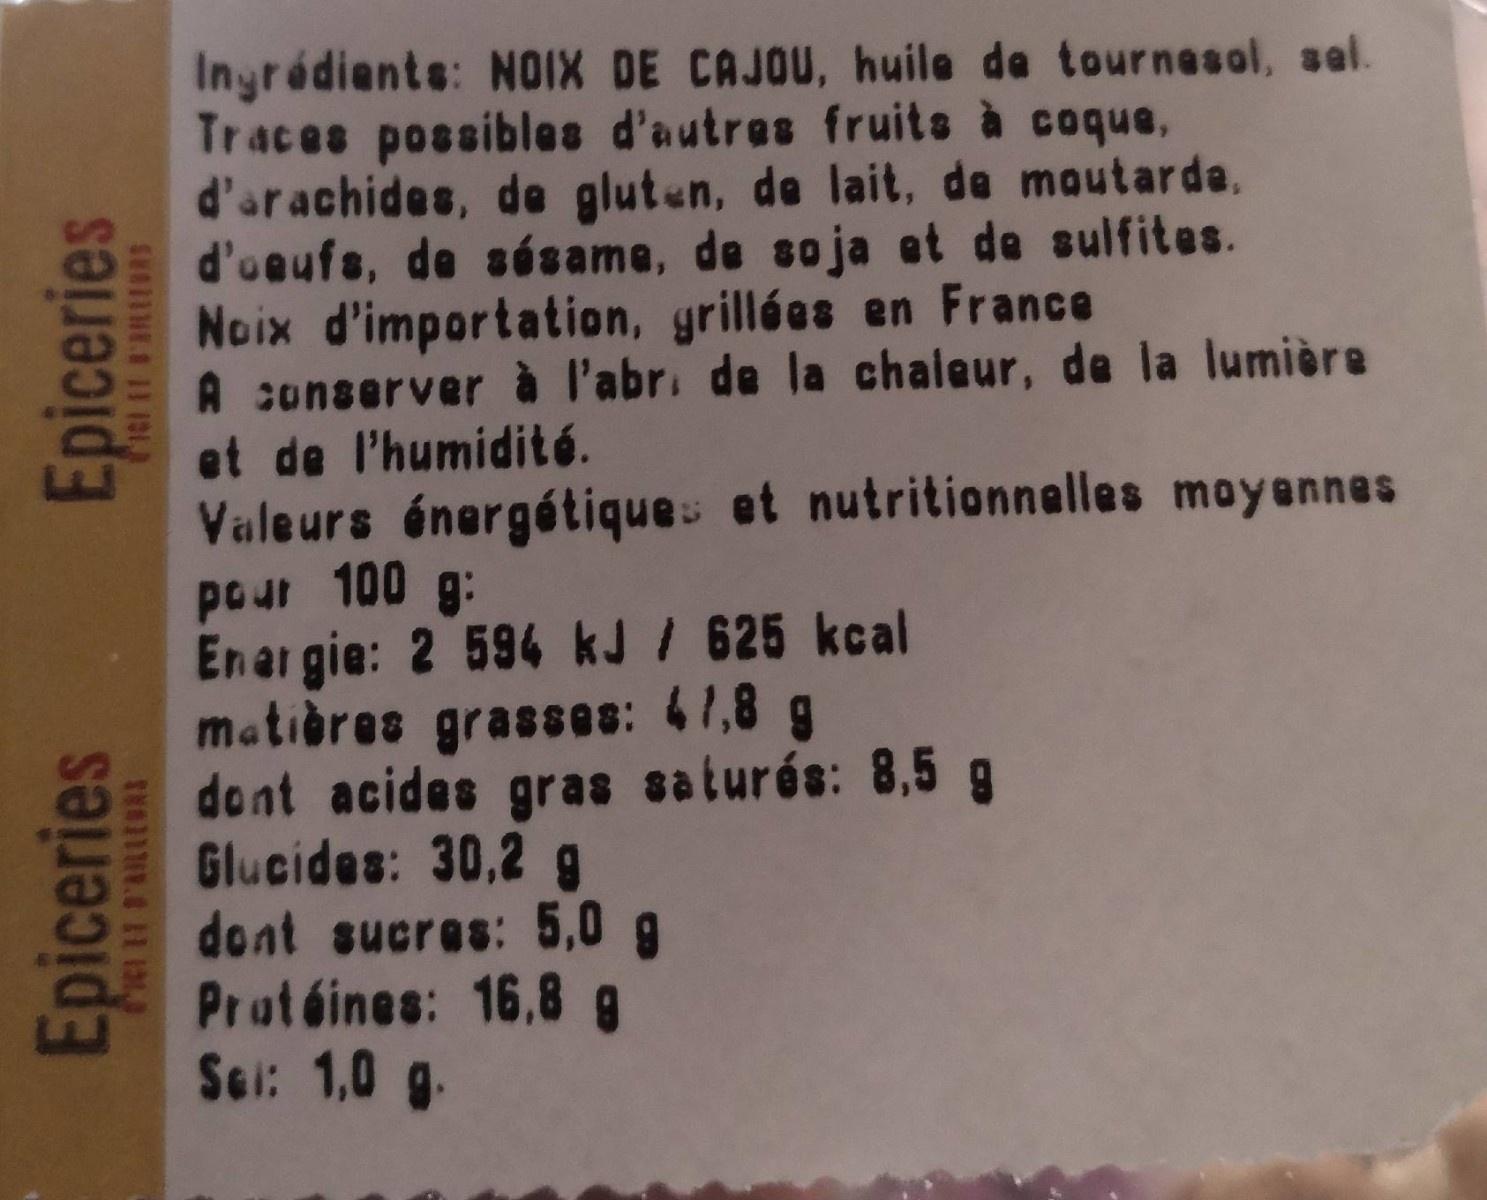
Inyrédiente: NO1X DE CAJOU, huile de tournesol, sel. Traces possibles d'autres fruite à coque, d'arachides, de gluten, de lait, de moutarda. d'oeufs, de sésame, de soja et de sulfites. Noix d'importation, grillées en France A sonserver à l'abr. de la chaleur, de la lumière et de l'humidit6. Valeurs énergétiques et nutritionnalles moyennes pour 100 g: En ar gie: 2 594 kJ / 625 kcal matières grasses: 41,8 g dont acides gras saturós: 8,5 g Glucides: 30,2 g dont sucres: 5,0 8 Protéines: 16,8 g Sel: 1,0 g.
Epiceries
Epiceries